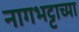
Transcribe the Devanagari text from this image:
नागभट्टाच्या